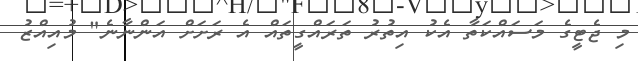
މި ޖެޓީގެ މަސައްކަތާ އެކު އިތުރު ތަރައްގީތައް އެ ރަށަށް އަންނާނެ" މުއިއްޒު